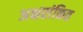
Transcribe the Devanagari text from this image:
अक्षरांकित